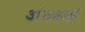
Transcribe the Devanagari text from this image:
अंतहाई